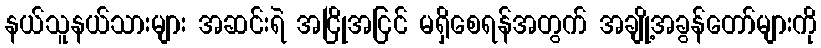
နယ်သူနယ်သားများ အဆင်းရဲ အငြိုအငြင် မရှိစေရန်အတွက် အချို့အခွန်တော်များကို